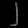
Digit: ၂